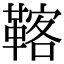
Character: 𩋽